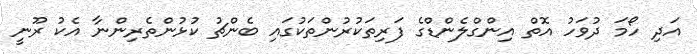
އަދި ހޯމަ ދުވަހު އޮތް އިންގްލެންޑްގެ ފަރިތަކުރުންތަކުގައި ބެންޗު ކުޅުންތެރިންނާ އެކު ރޫނީ